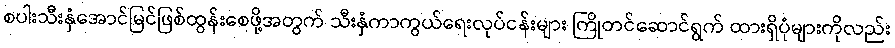
စပါးသီးနှံအောင်မြင်ဖြစ်ထွန်းစေဖို့အတွက် သီးနှံကာကွယ်ရေးလုပ်ငန်းများ ကြိုတင်ဆောင်ရွက် ထားရှိပုံများကိုလည်း